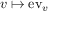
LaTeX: v \mapsto \mathrm { e v } _ { v }